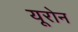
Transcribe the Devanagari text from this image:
यूरोन